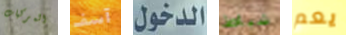
المركبات آسف الدخول شباط يعم